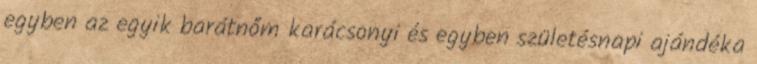
egyben az egyik barátnőm karácsonyi és egyben születésnapi ajándéka